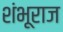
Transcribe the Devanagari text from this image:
शंभूराज